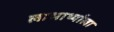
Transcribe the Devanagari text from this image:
लाभार्थ्याला